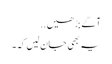
آگے بڑھیں..
یہ بھی جان لیں کہ۔